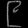
Digit: ၉